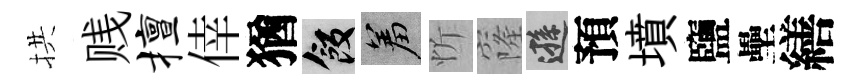
拱贱擅倖猶飯羞忻窿遜預墳鹽壘繕